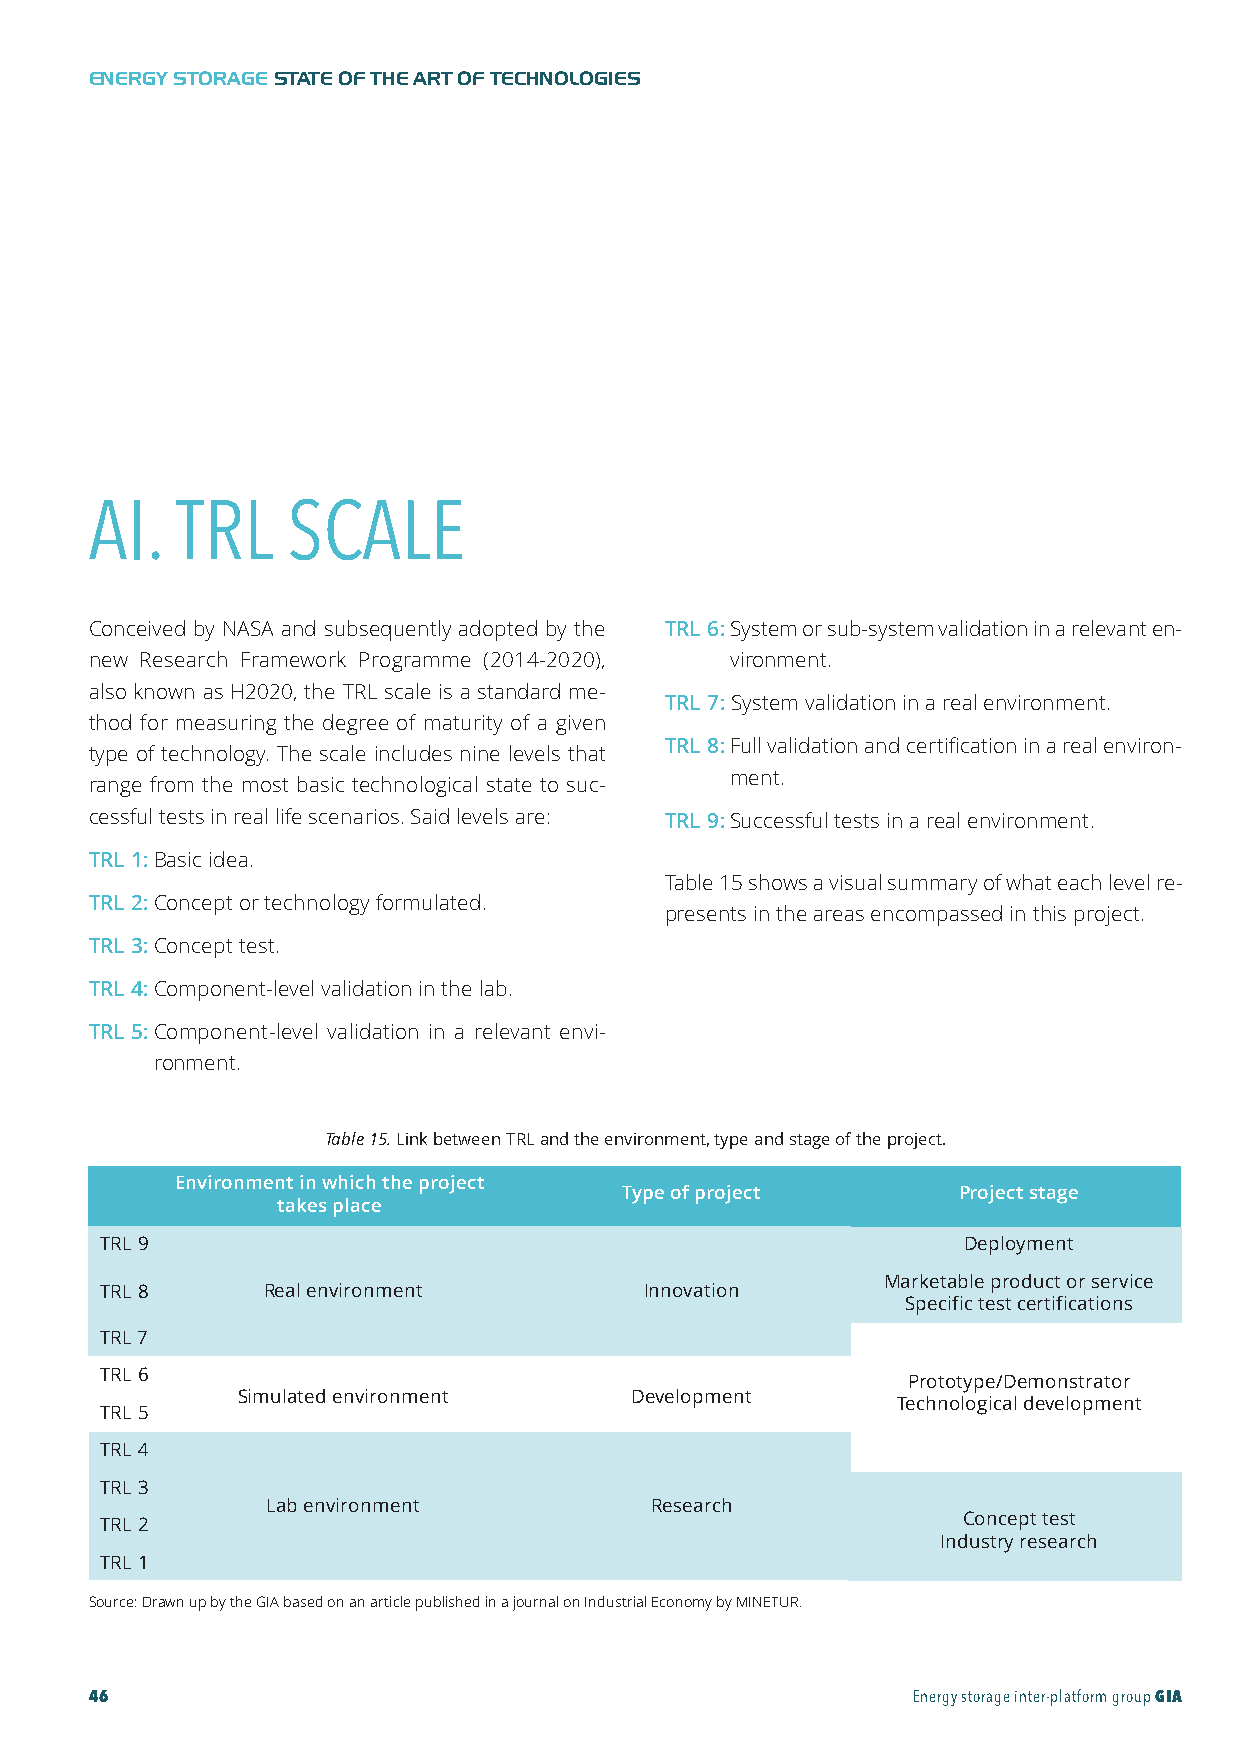
GIA-Maqueta-ENG 18/11/2015 10:05 Página 46
 ENERGY STORAGESTATE OF THE ART OF TECHNOLOGIES
 AI.  TRL     SCALE
 Conceived by NASA and subsequently adopted by the TRL 6:System or sub-system validation in a relevant en-
 new Research Framework Programme (2014-2020), vironment.
 also known as H2020, the TRL scale is a standard me-
 TRL 7:System validation in a real environment.
 thod for measuring the degree of maturity of a given
 TRL 8:Full validation and certification in a real environ-
 type of technology. The scale includes nine levels that
 ment.
 range from the most basic technological state to suc-
 cessful tests in real life scenarios. Said levels are: TRL 9:Successful tests in a real environment.
 TRL 1:Basic idea.
 Table 15 shows a visual summary of what each level re-
 TRL 2:Concept or technology formulated.
 presents in the areas encompassed in this project.
 TRL 3:Concept test.
 TRL 4:Component-level validation in the lab.
 TRL 5:Component-level validation in a relevant envi-
 ronment.
 Table15.Link between TRL and the environment, type and stage of the project.
 Environment in which the project
 Type of project       Project stage
 takes place
 TRL 9                                                     Deployment
 Marketable product or service
 TRL 8      Real environment         Innovation
 Specific test certifications
 TRL7
 TRL 6                                                 Prototype/Demonstrator
 Simulated environment     Development
 Technological development
 TRL 5
 TRL 4
 TRL 3
 Lab environment           Research
 Concept test
 TRL 2
 Industry research
 TRL 1
 Source: Drawn up by the GIA based on an article published in a journal on Industrial Economy by MINETUR.
 46                                                    Energy storage inter-platform groupGIA